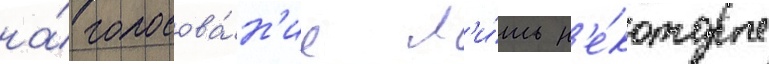
на́ голосова́н'ие л'и́шь н'е́которые